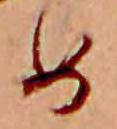
め